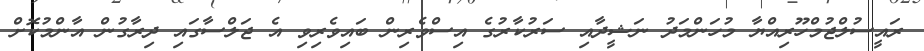
ރައީސުލްޖުމްހޫރިއްޔާ މުހަންމަދު ނަޝީދާއި ސަރުކާރުގެ އިސްވެރިން ބައިވެރިވި އެ ޖަލްސާގައި ދިރާގުން އާންމުކޮށް